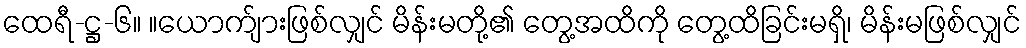
ထေရီ-ဋ္ဌ-၆။ ။ယောက်ျားဖြစ်လျှင် မိန်းမတို့၏ တွေ့အထိကို တွေ့ထိခြင်းမရှိ၊ မိန်းမဖြစ်လျှင်